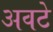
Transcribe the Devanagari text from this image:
अवटे